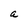
Character: a